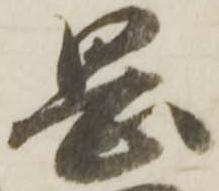
岡